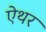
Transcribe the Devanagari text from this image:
ऐथर